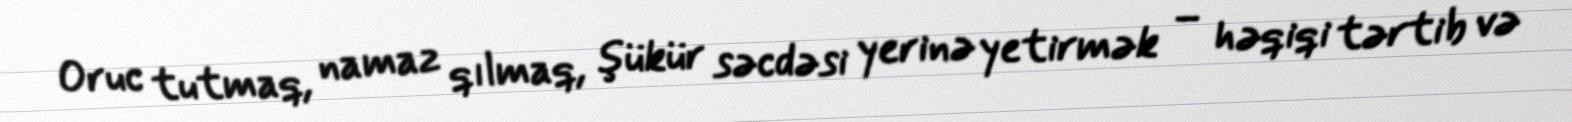
Oruc tutmaq, namaz qılmaq, şükür səcdəsi yerinə yetirmək – həqiqi tərtib və